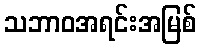
သဘာဝအရင်းအမြစ်